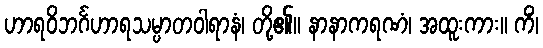
ဟာရဝိဘင်္ဂဟာရသမ္ပာတဝါရာနံ၊ တို့၏။ နာနာကရဏံ၊ အထူးကား။ ကိံ၊